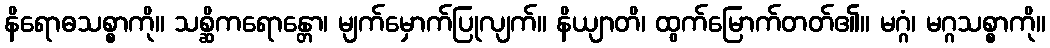
နိရောဓသစ္စာကို။ သစ္ဆိကရောန္တော၊ မျက်မှောက်ပြုလျက်။ နိယျာတိ၊ ထွက်မြောက်တတ်၏။ မဂ္ဂံ၊ မဂ္ဂသစ္စာကို။